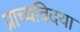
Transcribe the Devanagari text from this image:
प्राच्यविदया